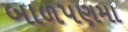
બાળપણમા